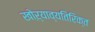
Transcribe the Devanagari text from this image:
खोऱ्याव्यतिरिक्त